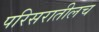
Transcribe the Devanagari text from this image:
परिसरातीलच